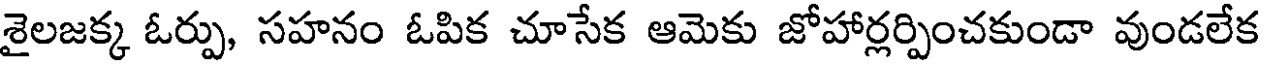
శైలజక్క ఓర్పు, సహనం ఓపిక చూసేక ఆమెకు జోహార్లర్పించకుండా వుండలేక